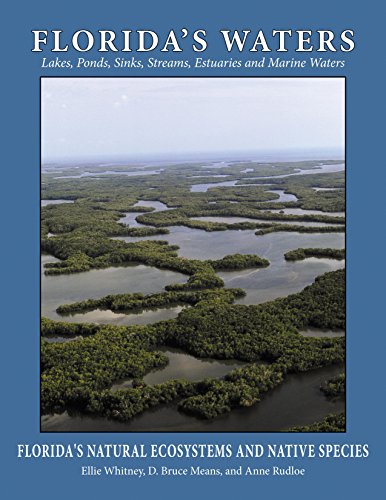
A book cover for Florida's Waters (Florida's Natural Ecosystems and Native Species); Ellie Whitney; Science & Math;